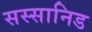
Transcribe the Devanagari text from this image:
सस्सानिड